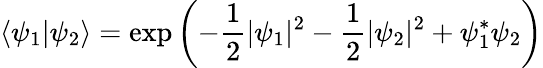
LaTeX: \langle\psi_{1}|\psi_{2}\rangle=\exp\left(-\frac{1}{2}|\psi_{1}|^{2}-\frac{1}{2}|\psi_{2}|^{2}+\psi_{1}^{*}\psi_{2}\right)